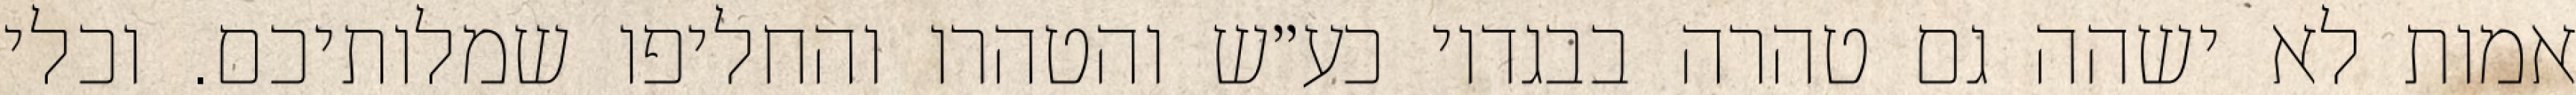
אמות לא ישהה גם טהרה בבגדיו כע״ש והטהרו והחליפו שמלותיכם. וכלי